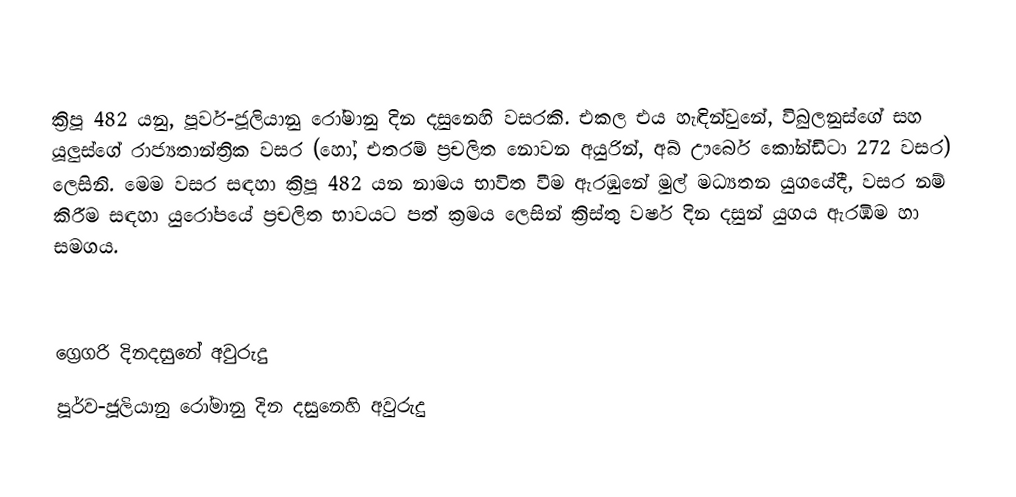

ක්‍රිපූ 482 යනු, පූර්ව-ජූලියානු රෝමානු දින දසුනෙහි වසරකි. එකල එය හැඳින්වුනේ, විබුලනුස්ගේ සහ යූලුස්ගේ රාජ්‍යතාන්ත්‍රික වසර (හෝ, එතරම් ප්‍රචලිත නොවන අයුරින්, අබ් ඌර්බෙ කෝන්ඩිටා 272 වසර) ලෙසිනි. මෙම වසර සඳහා ක්‍රිපූ 482 යන නාමය භාවිත වීම ඇරඹුනේ මුල්  මධ්‍යතන යුගයේදී, වසර නම් කිරීම සඳහා යුරෝපයේ ප්‍රචලිත භාවයට පත් ක්‍රමය ලෙසින් ක්‍රිස්තු වර්ෂ දින දසුන් යුගය ඇරඹීම හා සමගය.

ග්‍රෙගරි දිනදසුනේ අවුරුදු
පූර්ව-ජූලියානු රෝමානු දින දසුනෙහි අවුරුදු